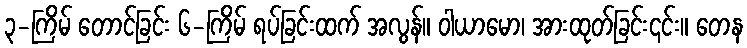
၃-ကြိမ် တောင်ခြင်း ၆-ကြိမ် ရပ်ခြင်းထက် အလွန်။ ဝါယာမော၊ အားထုတ်ခြင်း၎င်း။ တေန